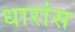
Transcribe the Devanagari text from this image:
धारांस